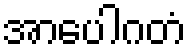
အာပေါဂတံ